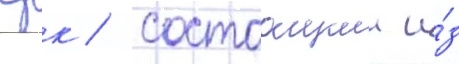
Срк / состоащии и́з